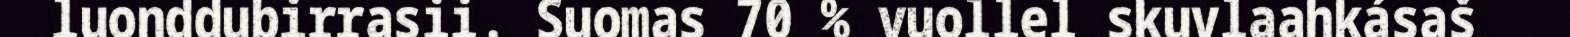
luonddubirrasii. Suomas 70 % vuollel skuvlaahkásaš